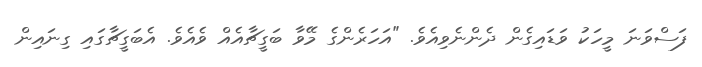
ފަސްވަނަ މީހަކު ވަޑައިގެން ދެންނެވިއެވެ. "އަހަރެންގެ މޭވާ ބަގީޗާއެއް ވެއެވެ. އެބަގީޗާގައި ގިނައިން